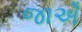
જાએઁ